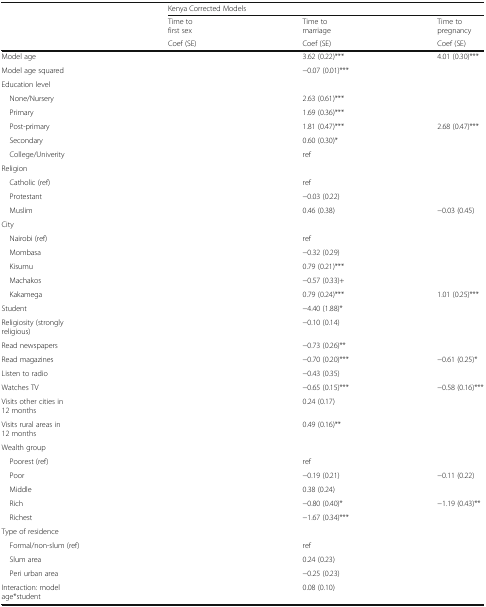
<table><thead><tr><td rowspan="3">[EMPTY_CELL]</td><td colspan="3"><b>Kenya Corrected Models</b></td></tr><tr><td><b>Time to first sex</b></td><td><b>Time to marriage</b></td><td><b>Time to pregnancy</b></td></tr><tr><td><b>Coef (SE)</b></td><td><b>Coef (SE)</b></td><td><b>Coef (SE)</b></td></tr></thead><tbody><tr><td>Model age</td><td>[EMPTY_CELL]</td><td>3.62 (0.22)***</td><td>4.01 (0.30)***</td></tr><tr><td>Model age squared</td><td>[EMPTY_CELL]</td><td>−0.07 (0.01)***</td><td>[EMPTY_CELL]</td></tr><tr><td colspan="4">Education level</td></tr><tr><td> None/Nursery</td><td>[EMPTY_CELL]</td><td>2.63 (0.61)***</td><td>[EMPTY_CELL]</td></tr><tr><td> Primary</td><td>[EMPTY_CELL]</td><td>1.69 (0.36)***</td><td>[EMPTY_CELL]</td></tr><tr><td> Post-primary</td><td>[EMPTY_CELL]</td><td>1.81 (0.47)***</td><td>2.68 (0.47)***</td></tr><tr><td> Secondary</td><td>[EMPTY_CELL]</td><td>0.60 (0.30)*</td><td>[EMPTY_CELL]</td></tr><tr><td> College/Univerity</td><td>[EMPTY_CELL]</td><td>ref</td><td>[EMPTY_CELL]</td></tr><tr><td colspan="4">Religion</td></tr><tr><td> Catholic (ref)</td><td>[EMPTY_CELL]</td><td>ref</td><td>[EMPTY_CELL]</td></tr><tr><td> Protestant</td><td>[EMPTY_CELL]</td><td>−0.03 (0.22)</td><td>[EMPTY_CELL]</td></tr><tr><td> Muslim</td><td>[EMPTY_CELL]</td><td>0.46 (0.38)</td><td>−0.03 (0.45)</td></tr><tr><td colspan="4">City</td></tr><tr><td> Nairobi (ref)</td><td>[EMPTY_CELL]</td><td>ref</td><td>[EMPTY_CELL]</td></tr><tr><td> Mombasa</td><td>[EMPTY_CELL]</td><td>−0.32 (0.29)</td><td>[EMPTY_CELL]</td></tr><tr><td> Kisumu</td><td>[EMPTY_CELL]</td><td>0.79 (0.21)***</td><td>[EMPTY_CELL]</td></tr><tr><td> Machakos</td><td>[EMPTY_CELL]</td><td>−0.57 (0.33)+</td><td>[EMPTY_CELL]</td></tr><tr><td> Kakamega</td><td>[EMPTY_CELL]</td><td>0.79 (0.24)***</td><td>1.01 (0.25)***</td></tr><tr><td>Student</td><td>[EMPTY_CELL]</td><td>−4.40 (1.88)*</td><td>[EMPTY_CELL]</td></tr><tr><td>Religiosity (strongly religious)</td><td>[EMPTY_CELL]</td><td>−0.10 (0.14)</td><td>[EMPTY_CELL]</td></tr><tr><td>Read newspapers</td><td>[EMPTY_CELL]</td><td>−0.73 (0.26)**</td><td>[EMPTY_CELL]</td></tr><tr><td>Read magazines</td><td>[EMPTY_CELL]</td><td>−0.70 (0.20)***</td><td>−0.61 (0.25)*</td></tr><tr><td>Listen to radio</td><td>[EMPTY_CELL]</td><td>−0.43 (0.35)</td><td>[EMPTY_CELL]</td></tr><tr><td>Watches TV</td><td>[EMPTY_CELL]</td><td>−0.65 (0.15)***</td><td>−0.58 (0.16)***</td></tr><tr><td>Visits other cities in 12 months</td><td>[EMPTY_CELL]</td><td>0.24 (0.17)</td><td>[EMPTY_CELL]</td></tr><tr><td>Visits rural areas in 12 months</td><td>[EMPTY_CELL]</td><td>0.49 (0.16)**</td><td>[EMPTY_CELL]</td></tr><tr><td colspan="4">Wealth group</td></tr><tr><td> Poorest (ref)</td><td>[EMPTY_CELL]</td><td>ref</td><td>[EMPTY_CELL]</td></tr><tr><td> Poor</td><td>[EMPTY_CELL]</td><td>−0.19 (0.21)</td><td>−0.11 (0.22)</td></tr><tr><td> Middle</td><td>[EMPTY_CELL]</td><td>0.38 (0.24)</td><td>[EMPTY_CELL]</td></tr><tr><td> Rich</td><td>[EMPTY_CELL]</td><td>−0.80 (0.40)*</td><td>−1.19 (0.43)**</td></tr><tr><td> Richest</td><td>[EMPTY_CELL]</td><td>−1.67 (0.34)***</td><td>[EMPTY_CELL]</td></tr><tr><td colspan="4">Type of residence</td></tr><tr><td> Formal/non-slum (ref)</td><td>[EMPTY_CELL]</td><td>ref</td><td>[EMPTY_CELL]</td></tr><tr><td> Slum area</td><td>[EMPTY_CELL]</td><td>0.24 (0.23)</td><td>[EMPTY_CELL]</td></tr><tr><td> Peri urban area</td><td>[EMPTY_CELL]</td><td>−0.25 (0.23)</td><td>[EMPTY_CELL]</td></tr><tr><td>Interaction: model age*student</td><td>[EMPTY_CELL]</td><td>0.08 (0.10)</td><td>[EMPTY_CELL]</td></tr></tbody></table>